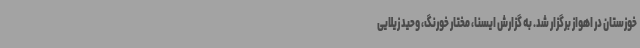
خوزستان در اهواز برگزار شد. به گزارش ایسنا، مختار خورنگ، وحید زیلایی